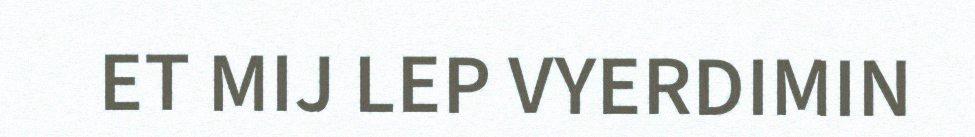
ET MIJ LEP VYERDIMIN